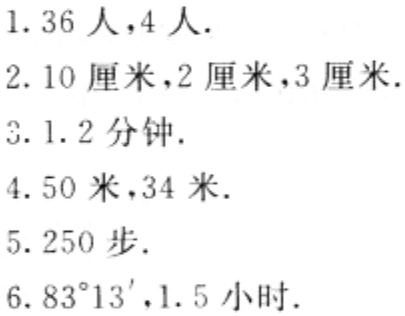
1. \(36\text{ 人},4\text{ 人}\).

2. \(10\text{ 厘米},2\text{ 厘米},3\text{ 厘米}\).

3. \(1.2\text{ 分钟}\).

4. \(50\text{ 米},34\text{ 米}\).

5. \(250\text{ 步}\).

6. \(83^{\circ}13',1.5\text{ 小时}\).